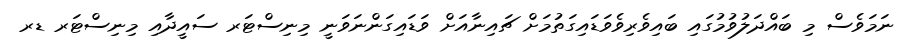
ނަމަވެސް މި ބައްދަލުވުމުގައި ބައިވެރިވެވަޑައިގަތުމަށް ޗައިނާއަށް ވަޑައިގަންނަވަނީ މިނިސްޓަރ ސައީދާއި މިނިސްޓަރ ޑރ